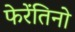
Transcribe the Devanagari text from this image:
फेरेंतिनो